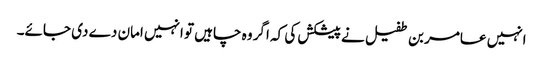
انہیں عامر بن طفیل نے پیشکش کی کہ اگر وہ چاہیں تو انہیں امان دے دی جائے۔